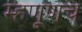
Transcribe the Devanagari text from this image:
म्हणूणच